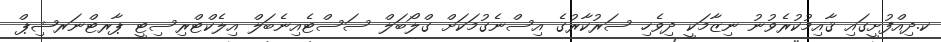
ކ.ދިއްފުށީގައި ޤާއިމުކުރެވުނު ނިޒާމަކީ ދިވެހި ސަރުކާރުގެ އިސްނެގުމަކަށް ގްލޯބަލް ސަސްޓެއިނެބަލް އިލެކްޓްރިސިޓީ ޕާރޓްނަރޝިޕް